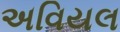
અવિયલ